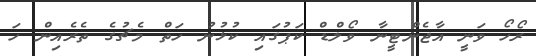
ރޯހޯ ވަނީ އާޖެންޓީނާ ވޯލްޑް ކަޕުގައި ކުޅުނު ހަތް މެޗުގެ ތެރެއިން ހަ